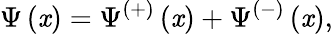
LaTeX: \Psi\left(\mathit{x}\right)=\Psi^{\left(+\right)}\left(\mathit{x}\right)+\Psi^{\left(-\right)}\left(\mathit{x}\right),